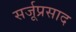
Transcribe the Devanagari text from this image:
सर्जूप्रसाद